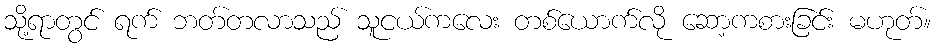
သို့ရာတွင် ရက် ဘတ်တလာသည် သူငယ်ကလေး တစ်ယောက်လို ဆော့ကစားခြင်း မဟုတ်။